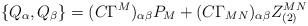
LaTeX: \begin{align*}\{Q_\alpha,Q_\beta\} = (C\Gamma^M)_{\alpha\beta} P_M + (C\Gamma_{MN})_{\alpha\beta} Z_{(2)}^{MN} \end{align*}